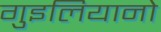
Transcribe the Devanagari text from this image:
गुइलियानो